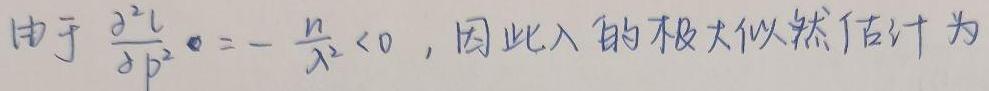
由于 $\frac{\partial^{2}l}{\partial \lambda^{2}} = -\frac{n}{\lambda^{2}}<0$，因此 $\lambda$ 的极大似然估计为